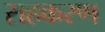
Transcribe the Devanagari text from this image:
सहकरण